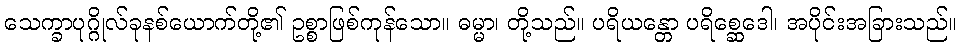
သေက္ခာပုဂ္ဂိုလ်ခုနစ်ယောက်တို့၏ ဥစ္စာဖြစ်ကုန်သော။ ဓမ္မာ၊ တို့သည်။ ပရိယန္တော ပရိစ္ဆေဒေါ၊ အပိုင်းအခြားသည်။